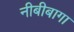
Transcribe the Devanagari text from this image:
नीबीबागा